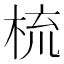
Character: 梳